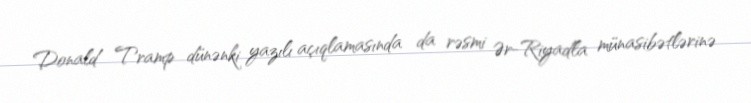
Donald Tramp dünənki yazılı açıqlamasında da rəsmi Ər-Riyadla münasibətlərinə